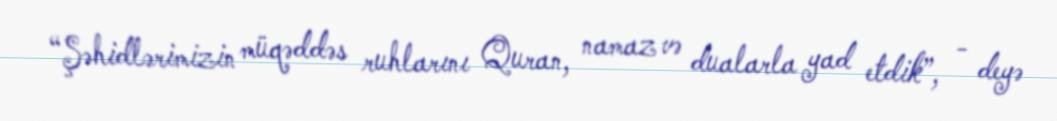
“Şəhidlərimizin müqəddəs ruhlarını Quran, namaz və dualarla yad etdik”, - deyə